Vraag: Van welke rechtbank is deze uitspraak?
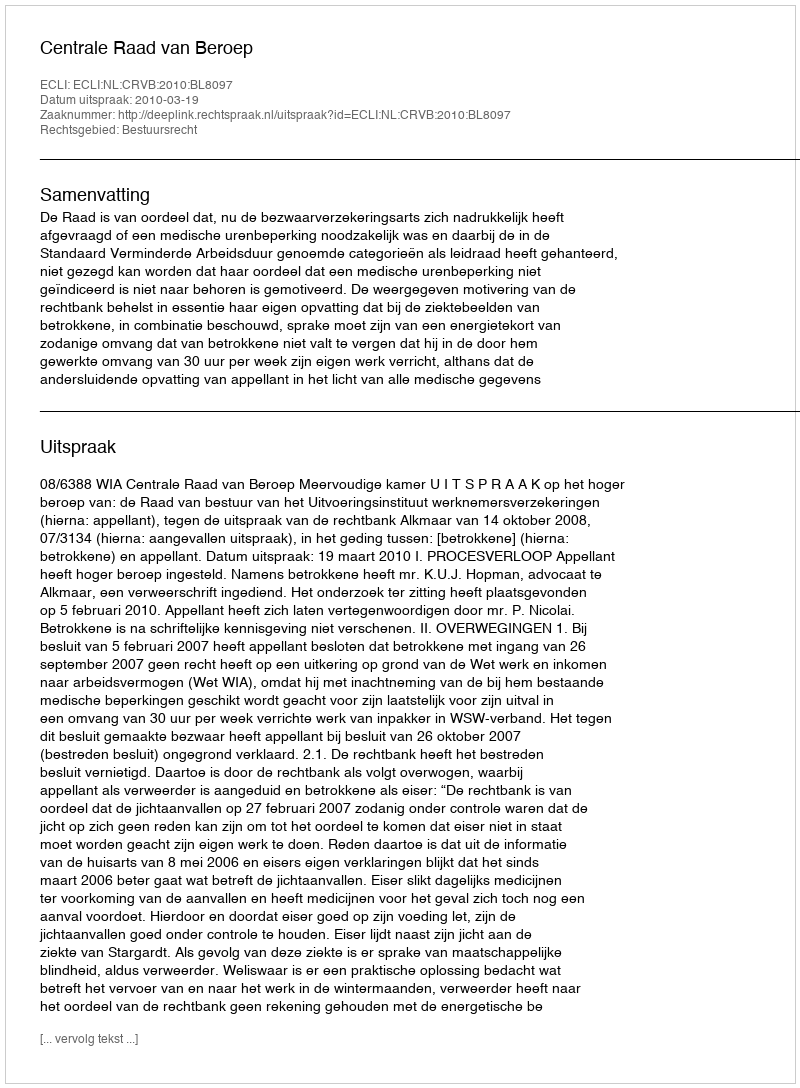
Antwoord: Centrale Raad van Beroep